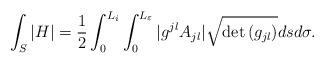
LaTeX: \begin{align*} \int_{S}|H| = \frac{1}{2}\int_0^{L_i}\int_0^{L_\varepsilon} |g^{jl}A_{jl}| \sqrt{\det{(g_{jl})}}dsd\sigma. \end{align*}